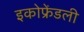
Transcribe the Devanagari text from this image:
इकोफ्रेंडली